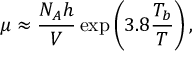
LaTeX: \mu \approx { \frac { N _ { A } h } { V } } \exp \left( 3 . 8 { \frac { T _ { b } } { T } } \right) ,